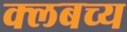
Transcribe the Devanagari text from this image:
क्लबच्य